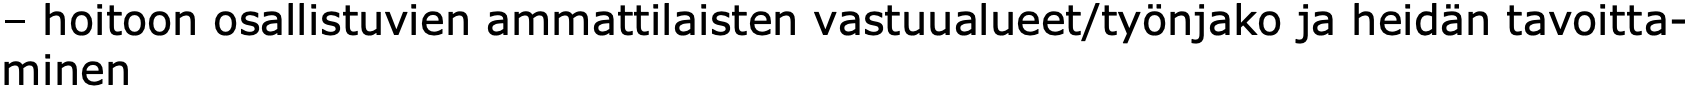
– hoitoon osallistuvien ammattilaisten vastuualueet/työnjako ja heidän tavoitta- minen